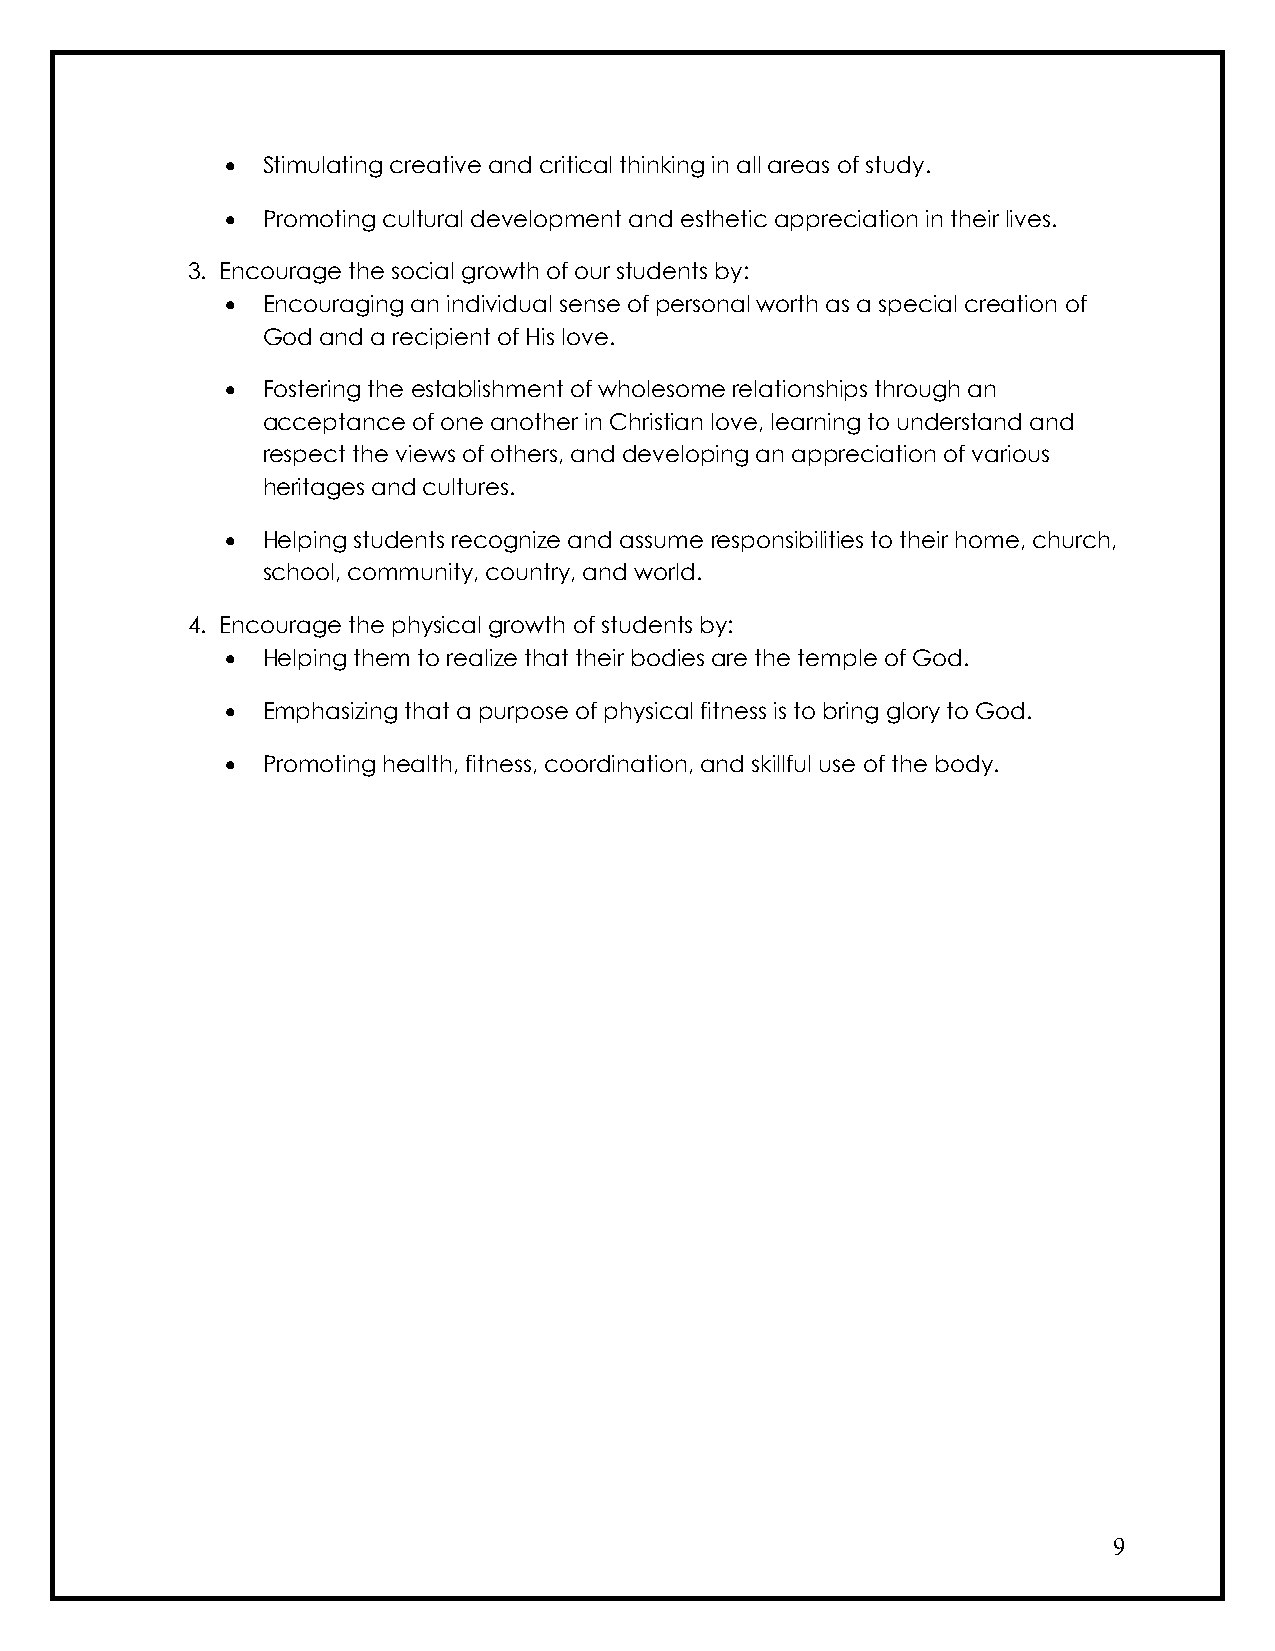
• Stimulating creative and critical thinking in all areas of study.
 • Promoting cultural development and esthetic appreciation in their lives.
 3. Encourage the social growth of our students by:
 • Encouraging an individual sense of personal worth as a special creation of
 God and a recipient of His love.
 • Fostering the establishment of wholesome relationships through an
 acceptance of one another in Christian love, learning to understand and
 respect the views of others, and developing an appreciation of various
 heritages and cultures.
 • Helping students recognize and assume responsibilities to their home, church,
 school, community, country, and world.
 4. Encourage the physical growth of students by:
 • Helping them to realize that their bodies are the temple of God.
 • Emphasizing that a purpose of physical fitness is to bring glory to God.
 • Promoting health, fitness, coordination, and skillful use of the body.
 9